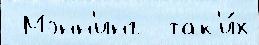
 Мэнн'инг  так'и́х